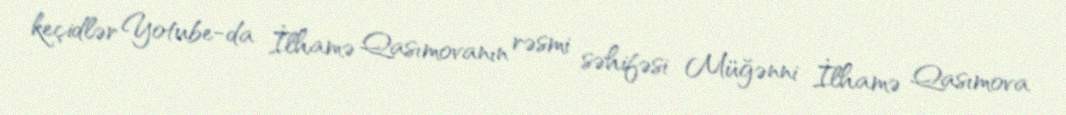
keçidlər Yotube-da İlhamə Qasımovanın rəsmi səhifəsi Müğənni İlhamə Qasımova